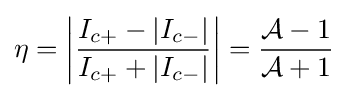
\eta =\left|{\frac {I_{c+}-|I_{c-}|}{I_{c+}+|I_{c-}|}}\right|={\frac {{\mathcal {A}}-1}{{\mathcal {A}}+1}}